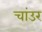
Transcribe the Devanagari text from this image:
चांउर